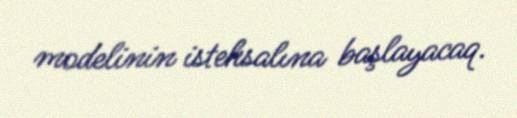
modelinin istehsalına başlayacaq.